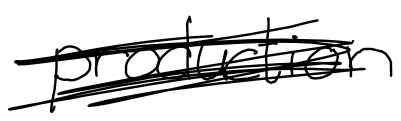
Text: production
Cross-out: scratch
Writing tool: digital_black